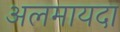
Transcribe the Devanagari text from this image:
अलमायदा